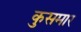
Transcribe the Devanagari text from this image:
कुसमार